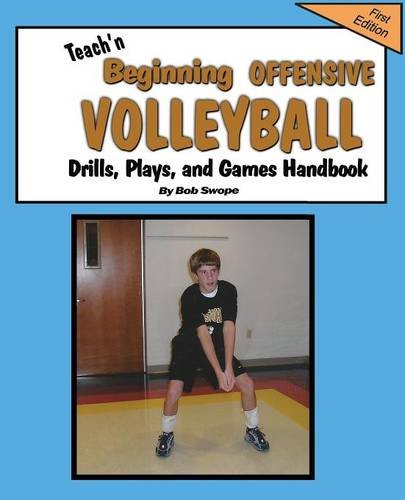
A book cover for Teach'n Beginning Offensive Volleyball Drills, Plays, and Games Free Flow Handbook; Bob Swope; Sports & Outdoors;